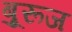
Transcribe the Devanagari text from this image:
बुूरूज